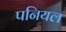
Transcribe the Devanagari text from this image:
पनियल